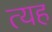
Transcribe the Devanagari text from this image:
त्यह